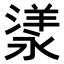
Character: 𣼁